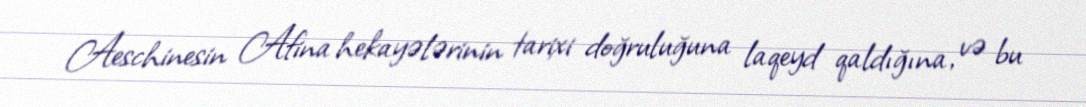
Aeschinesin Afina hekayələrinin tarixi doğruluğuna laqeyd qaldığına, və bu